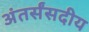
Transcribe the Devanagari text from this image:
अंतर्संसदीय